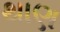
થાણ